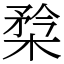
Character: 㮗